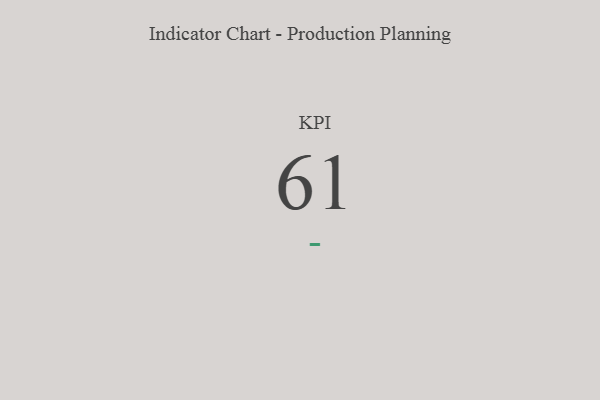
{"axis": {"x": "KPI", "y": "Value"}, "legend": [""], "data": [{"x": "KPI", "y": 61, "type": ""}]}